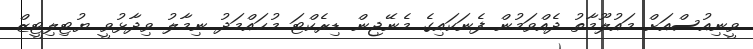
ވީނިއުސްއަށް މައުލޫމާތު ދެއްވަމުން ފެނަކައިގެ މެނޭޖިން ޑިރެކްޓަ މުޙައްމަދު ނިމާލު ވިދާޅުވީ ޔުޓިލިޓީޒް